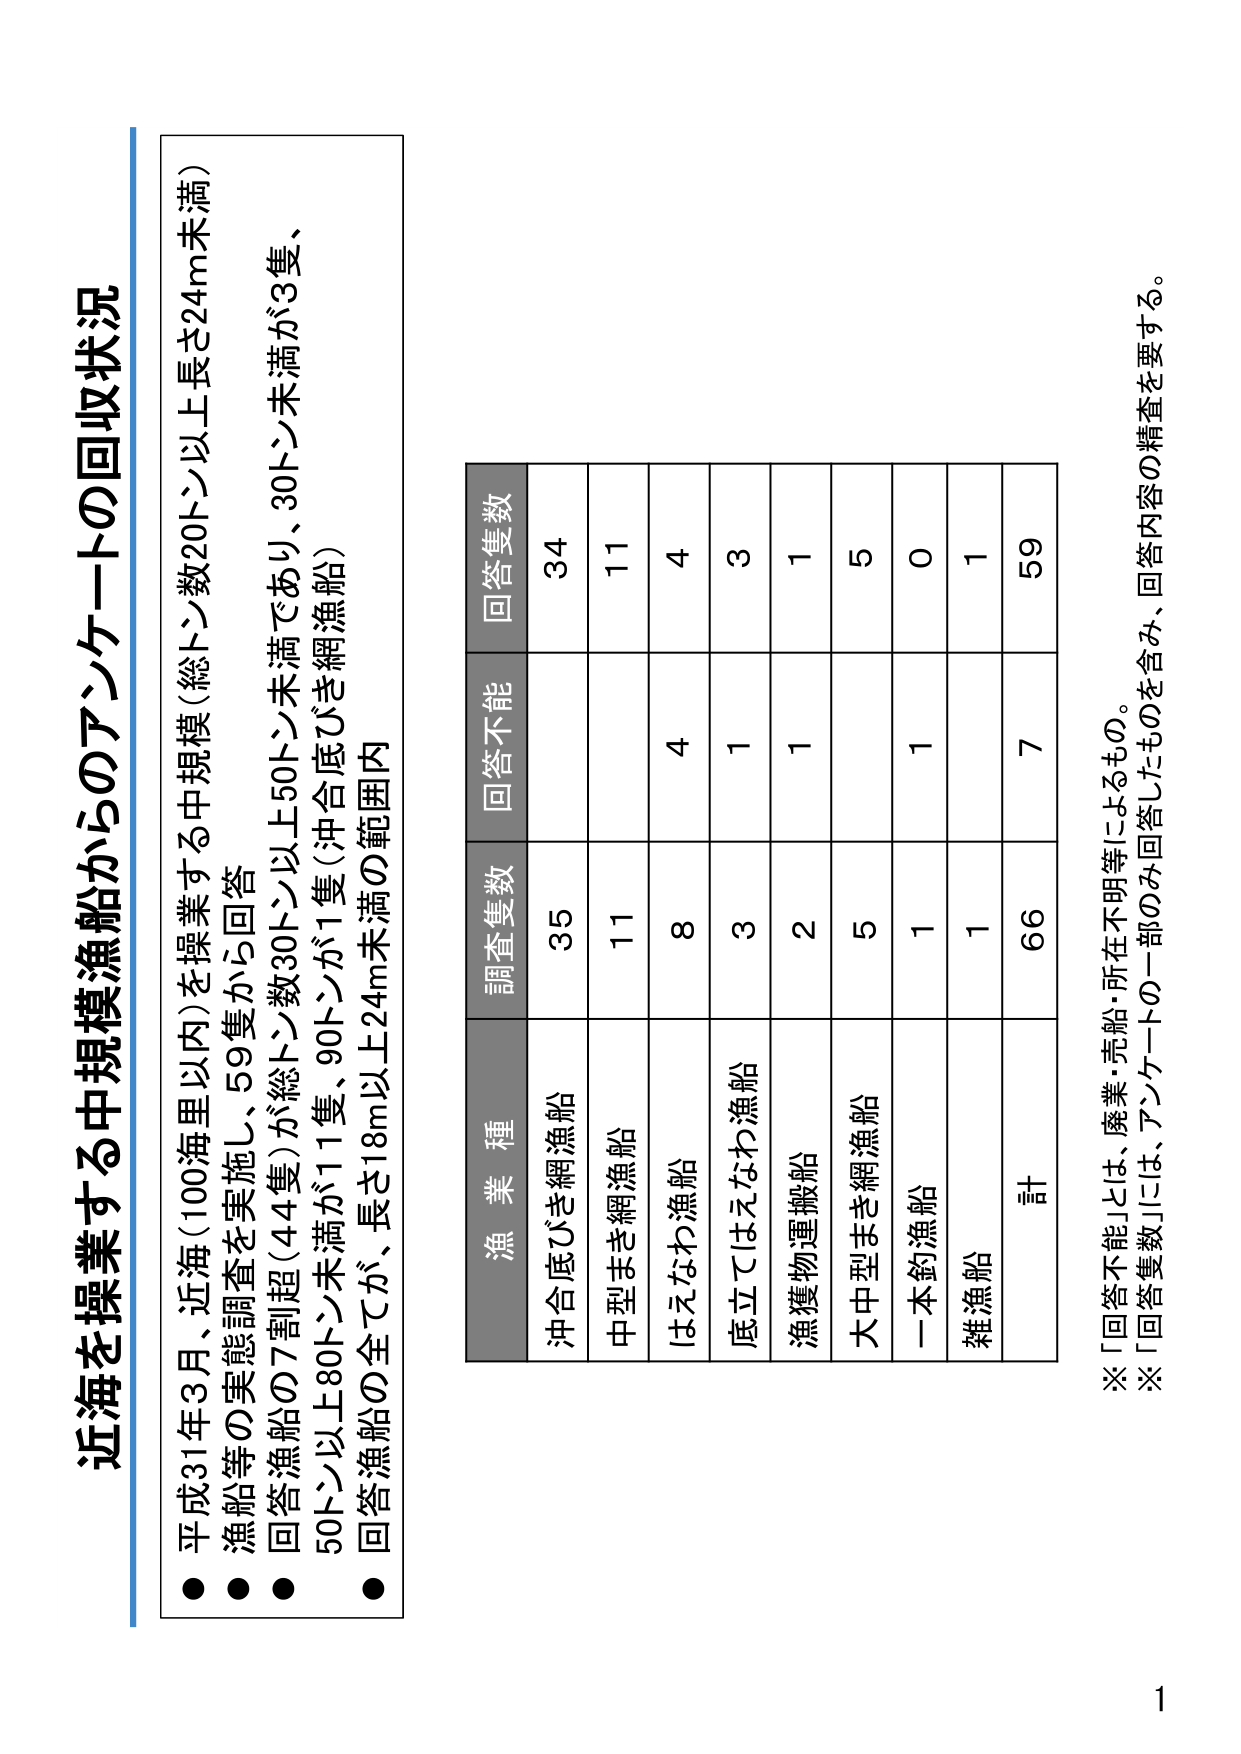
近海を操業する中規模漁船からのアンケートの回収状況

● 平成31年3月、近海（100海里以内）を操業する中規模（総トン数20トン以上長さ24m未満）漁船等の実態調査を実施し、59隻から回答
● 回答漁船の7割超（44隻）が総トン数30トン以上50トン未満であり、30トン未満が3隻、50トン以上80トン未満が11隻、90トンが1隻（沖合底びき網漁船）
● 回答漁船の全てが、長さ18m以上24m未満の範囲内

漁業種 調査隻数 回答不能 回答隻数
沖合底びき網漁船 35  34
中型まき網漁船 11  11
はえなわ漁船 8  4  4
底立てはえなわ漁船 3  1  3
漁獲物運搬船 2  1  1
大中型まき網漁船 5  5
一本釣漁船 1  1  0
雑漁船 1  1
計 66  7  59

※「回答不能」とは、廃業・売船・所在不明等によるもの。
※「回答隻数」には、アンケートの一部のみ回答したものを含み、回答内容の精査を要する。

1